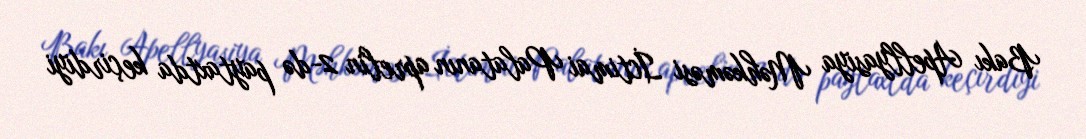
Bakı Apellyasiya Məhkəməsi İctimai Palatanın aprelin 2-də paytaxtda keçirdiyi